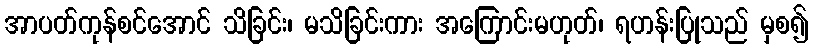
အာပတ်ကုန်စင်အောင် သိခြင်း၊ မသိခြင်းကား အကြောင်းမဟုတ်၊ ရဟန်းပြုသည် မှစ၍